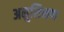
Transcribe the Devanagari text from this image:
अनुशिक्षण